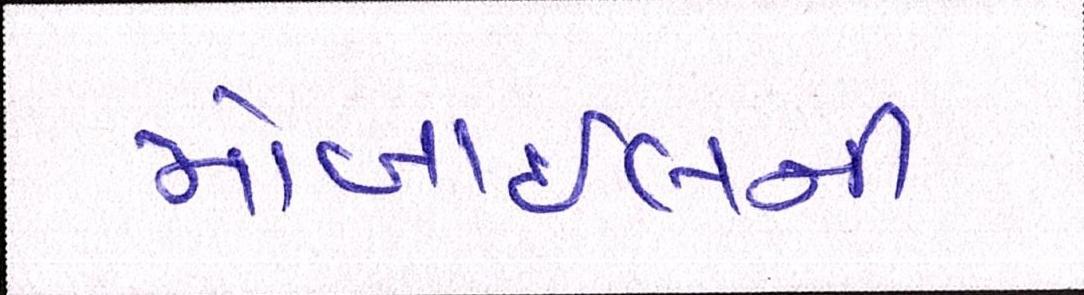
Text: મોબાઈલની